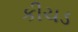
કીચડ